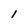
Character: 1